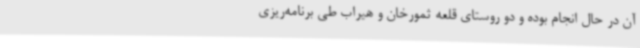
آن در حال انجام بوده و دو روستای قلعه ثمورخان و هیراب طی برنامه‌ریزی